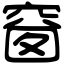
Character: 𥦬